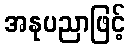
အနုပညာဖြင့်